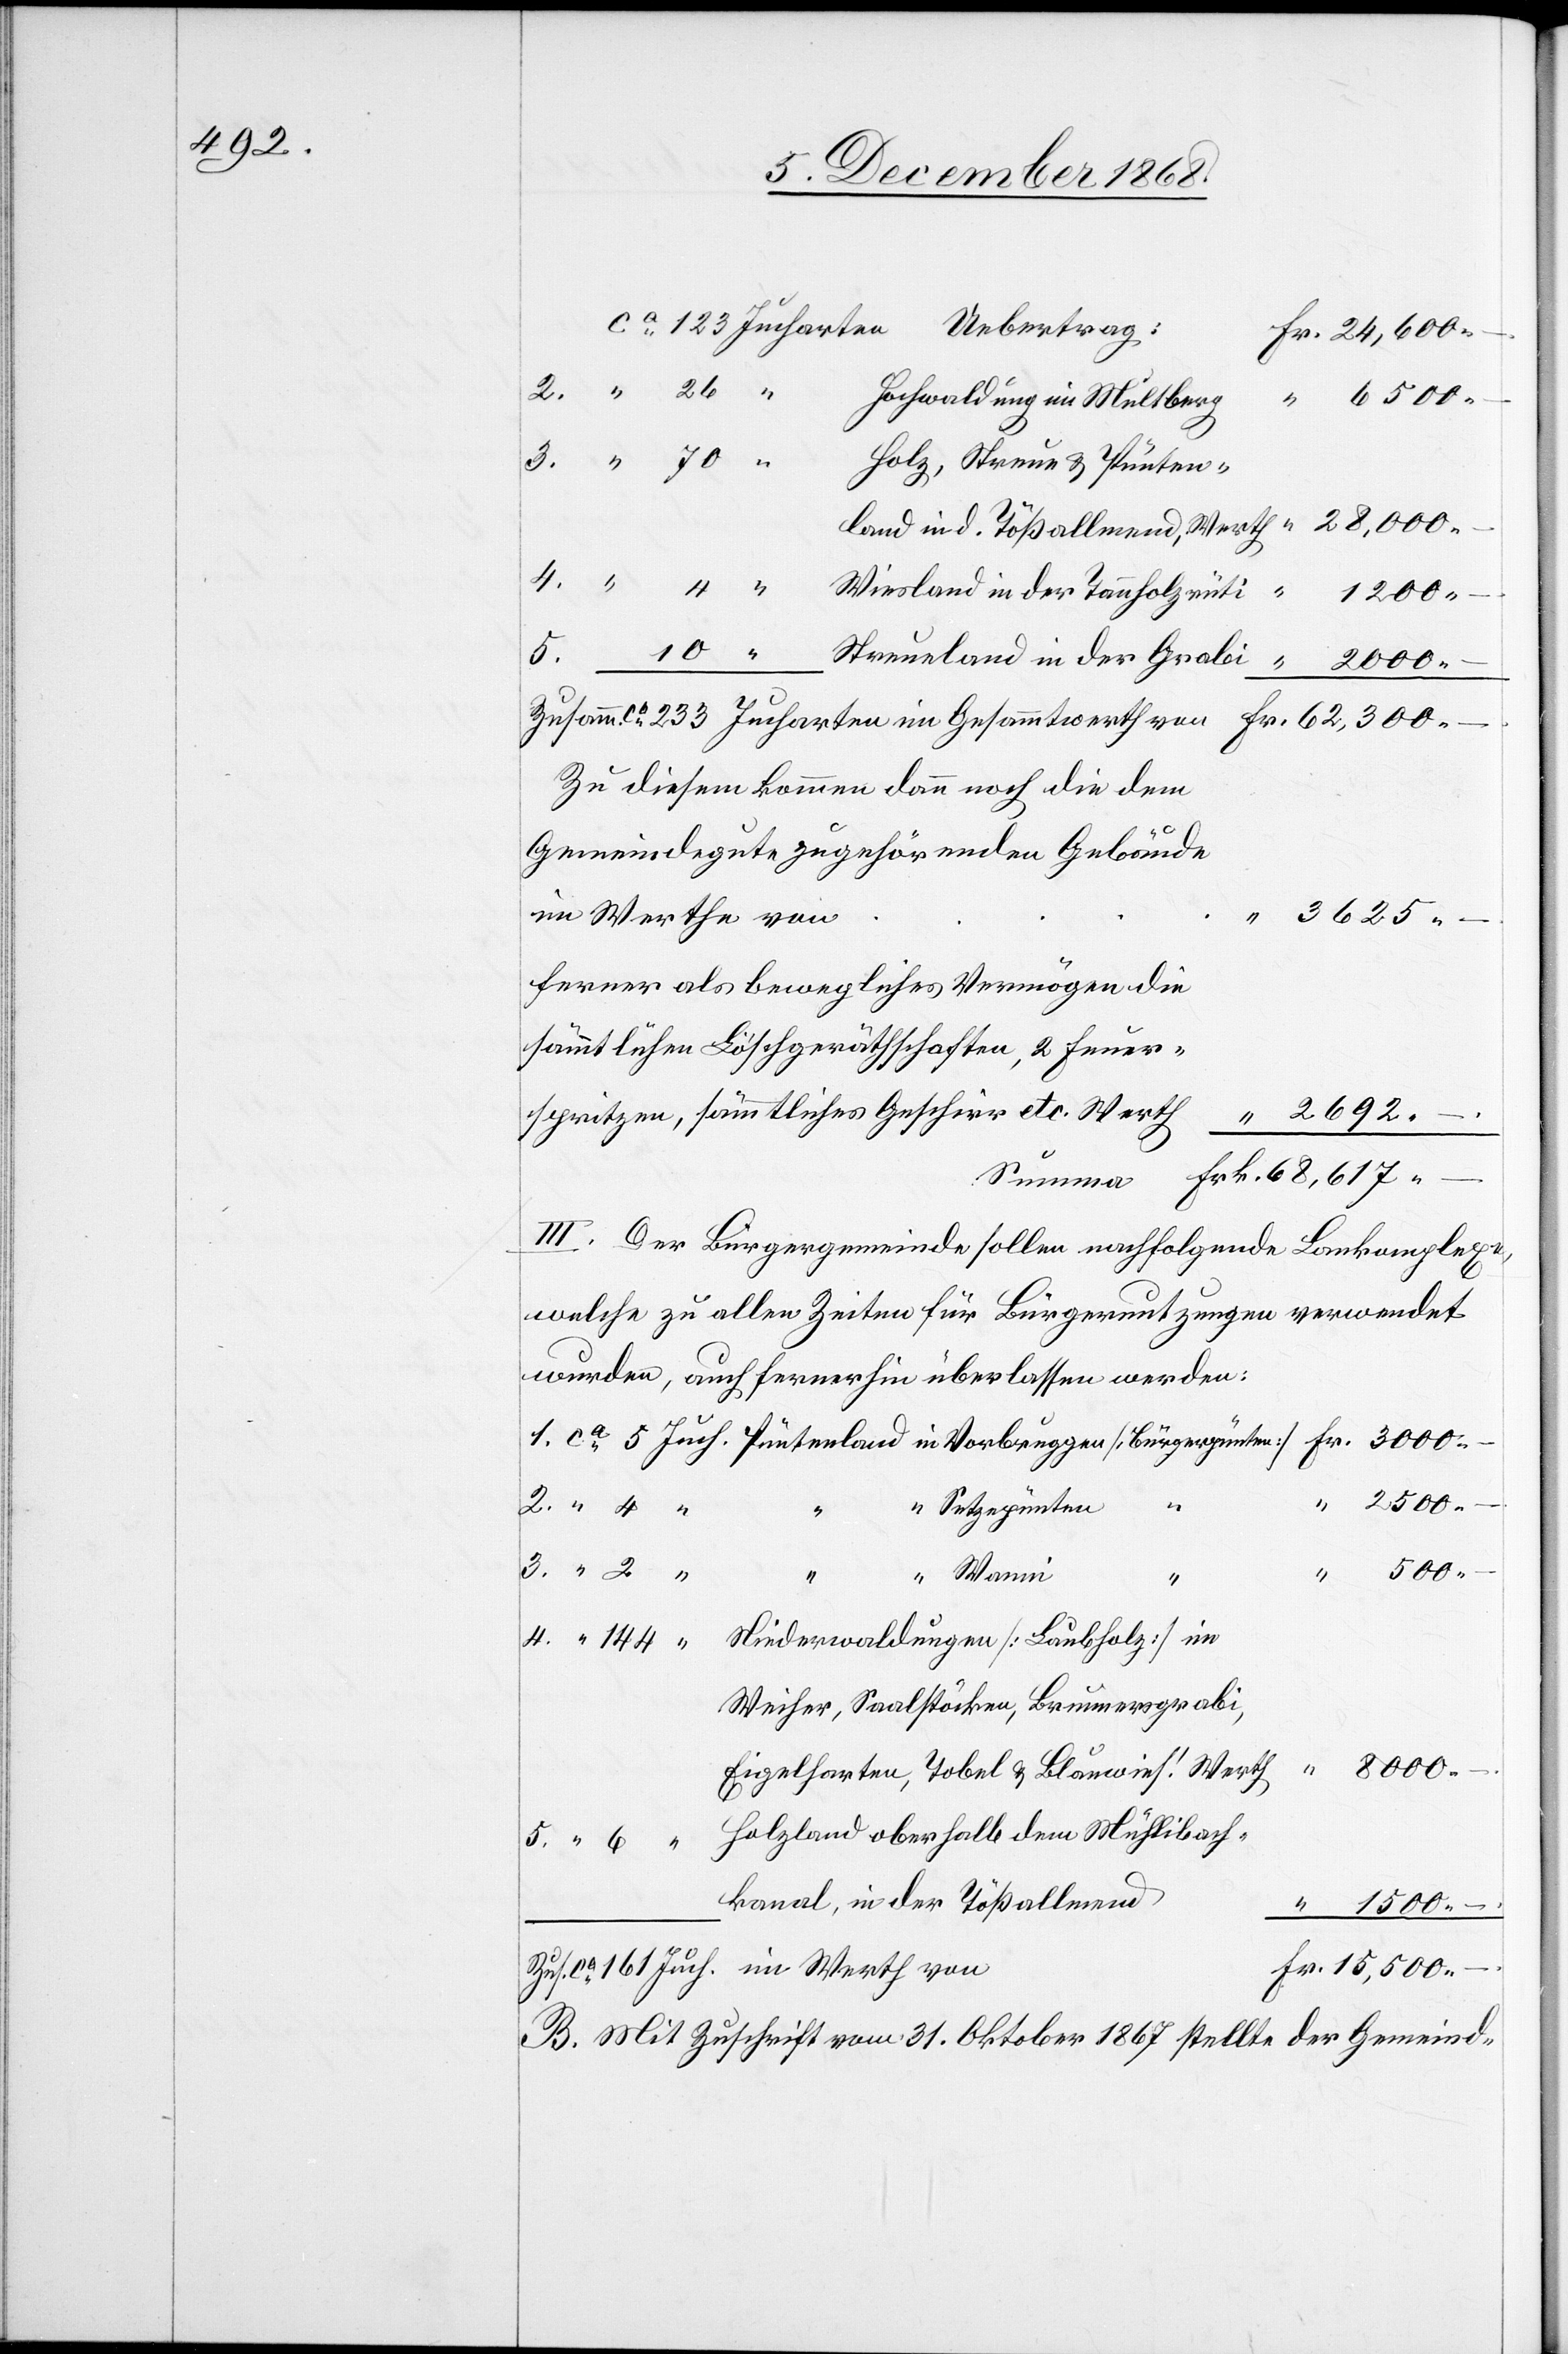
2692.–

Hochwaldung im Multberg
Holz, Streue & Pünten¬
Wiesland in der Tannholzrüti
5.
Streueland in der Grabi
“
“
8000.–
Zusamm. ca 233 Jucharten im Gesammtwerth von
in
Fr. 62,300.–
Zu diesem kommen dann noch die dem
Gemeindegute zugehörenden Gebäude
im Werthe von
3625.–
ferner als bewegliches Vermögen die
sämmtlichen Löschgeräthschaften, 2 Feuer¬
spritzen, sämmtliches Geschirr etc. Werth
bach¬
III. Der Bürgergemeinde sollen nachfolgende Lan[d]komplexe,
welche zu allen Zeiten für Bürgernutzungen verwendet
wurden, auch fernerhin überlassen werden:
“ 2500.–
dem
“ Setzepünten
“
“ 500.–
“ Wanni
4.
144
Niederwaldungen [Laubholz] im
Weiher, Saalstöcken, Brunnersgrabi,
“ 28,000.–
Eigelharten, Tobel & Blauwies‘. Werth
kanal, in der Tößallmend
“ 1500.–
Fr. 15,500.–[“]
Zus. ca 161 Juch. im Werth von
B. Mit Zuschrift vom 31. Oktober 1867 stellte der Gemeind-